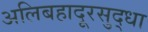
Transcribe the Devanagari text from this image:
अलिबहादूरसुद्धा